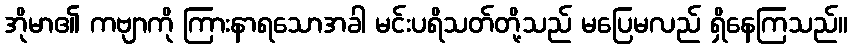
အိုမာ၏ ကဗျာကို ကြားနာရသောအခါ မင်းပရိသတ်တို့သည် မပြေမလည် ရှိနေကြသည်။